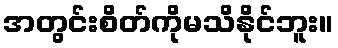
အတွင်းစိတ်ကိုမသိနိုင်ဘူး။